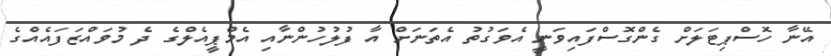
އޭނާ ހޮސްޕިޓަލަށް ގެންގޮސްފައިވަނީ އެވަގުތު އެތަނަށް އާ ފުލުހުންނާއި އެމްޕީއެލްގެ ދެ މުވައްޒަފައެއްގެ